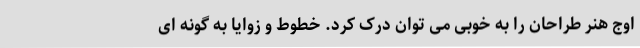
اوج هنر طراحان را به خوبی می توان درک کرد. خطوط و زوایا به گونه ای